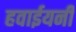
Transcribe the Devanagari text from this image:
हवाईयनी